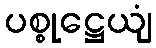
ပစ္စုဋ္ဌေယျံ